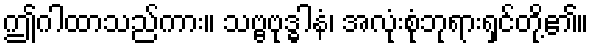
ဤဂါထာသည်ကား။ သဗ္ဗဗုဒ္ဓါနံ၊ အလုံးစုံဘုရားရှင်တို့၏။